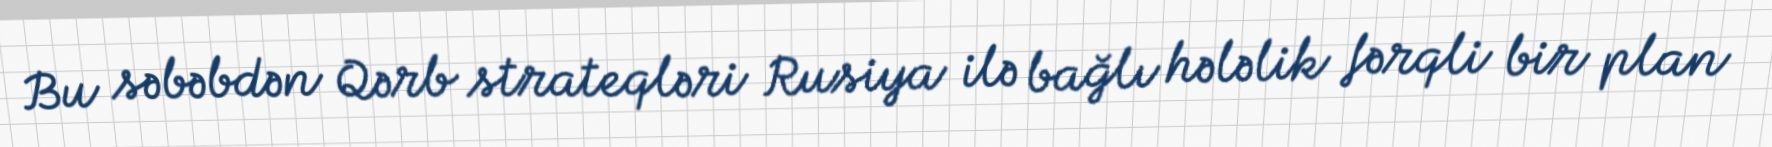
Bu səbəbdən Qərb strateqləri Rusiya ilə bağlı hələlik fərqli bir plan